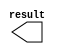
module lpm_constant_1bit (
	result);

	output	[0:0]  result;

endmodule